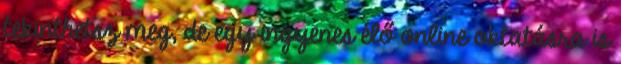
tekinthetsz meg, de egy ingyenes élő online oktatásra is